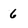
Character: 6